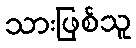
သားဖြစ်သူ